Annual report of lunatic asylums [Bombay] - 1912-1922
Year: 1912
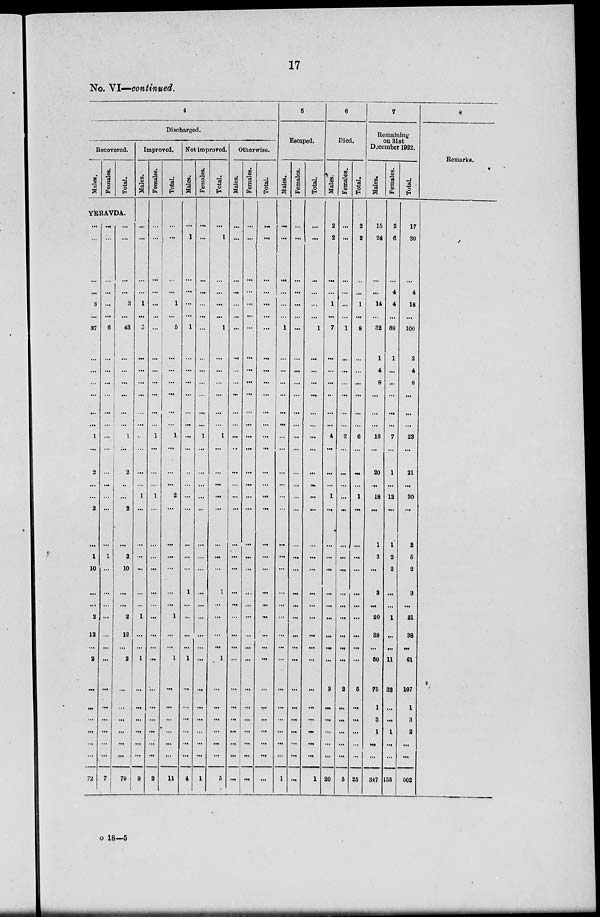
17
No. VI—continued.
4
Discharged.
Recovered.
Males.
Females.
Total.
YERAVDA.
...
...
...
...
3
...
37
...
...
...
...
...
...
1
...
2
...
...
2
...
1
10
...
...
2
12
...
2
...
...
...
...
...
...
72
...
...
...
...
...
...
6
...
...
...
...
...
...
...
...
...
...
...
...
...
1
...
...
...
...
...
...
...
...
...
...
...
...
...
7
...
...
...
...
3
...
43
...
...
...
...
...
...
1
...
2
...
...
2
...
2
10
...
...
2
12
...
2
...
...
...
...
...
...
79
Improved.
Males.
...
...
...
...
1
...
5
...
...
...
...
...
...
...
...
...
...
1
...
...
...
...
...
...
1
...
...
1
...
...
...
...
...
...
9
Females.
...
...
...
...
...
...
...
...
...
...
...
...
...
1
...
...
...
1
...
...
...
...
...
...
...
...
...
...
...
...
...
...
...
...
2
Total.
...
...
...
...
1
...
5
...
...
...
...
...
...
1
...
...
...
2
...
...
...
...
...
...
1
...
...
1
...
...
...
...
...
...
11
Not improved.
Males.
...
1
...
...
...
...
1
...
...
...
...
...
...
...
...
...
...
...
...
...
...
...
1
...
...
...
...
1
...
...
...
...
...
...
4
Females.
...
...
...
...
...
...
...
...
...
...
...
...
...
1
...
...
...
...
...
...
...
...
...
...
...
...
...
...
...
...
...
...
...
...
1
Total.
...
1
...
...
...
...
1
...
...
...
...
...
...
1
...
...
...
...
...
...
...
...
1
...
...
...
...
1
...
...
...
...
...
...
5
Otherwise.
Males.
...
...
...
...
...
...
...
...
...
...
...
...
...
...
...
...
...
...
...
...
...
...
...
...
...
...
...
...
...
...
...
...
...
...
...
Females.
...
...
...
...
...
...
...
...
...
...
...
...
...
...
...
...
...
...
...
...
...
...
...
...
...
...
...
...
...
...
...
...
...
...
...
Total.
...
...
...
...
...
...
...
...
...
...
...
...
...
...
...
...
...
...
...
...
...
...
...
...
...
...
...
...
...
...
...
...
...
...
...
5
Escaped.
Males.
...
...
...
...
...
...
1
...
...
...
...
...
...
...
...
...
...
...
...
...
...
...
...
...
...
...
...
...
...
...
...
...
...
...
1
Females.
...
...
...
...
...
...
...
...
...
...
...
...
...
...
...
...
...
...
...
...
...
...
...
...
...
...
...
...
...
...
...
...
...
...
...
Total.
...
...
...
...
...
...
1
...
...
...
...
...
...
...
...
...
...
...
...
...
...
...
...
...
...
...
...
...
...
...
...
...
...
...
1
6
Died.
Males.
2
2
...
...
1
...
7
...
...
...
...
...
...
4
...
...
...
1
...
...
...
...
...
...
...
...
...
...
3
...
...
...
...
...
20
Females.
...
...
...
...
...
...
1
...
...
...
...
...
...
2
...
...
...
...
...
...
...
...
...
...
...
...
...
...
2
...
...
...
...
...
5
Total.
2
2
...
...
1
...
8
...
...
...
...
...
...
6
...
...
...
1
...
...
...
...
...
...
...
...
...
...
5
...
...
...
...
...
25
7
Remaining
on 31st
December 1922.
Males.
15
24
...
...
14
...
32
1
4
8
...
...
...
16
...
20
...
18
...
1
3
...
3
...
20
38
...
50
75
1
3
1
...
...
347
Females.
2
6
...
4
4
...
68
1
...
...
...
...
...
7
...
1
...
12
...
1
2
2
...
...
1
...
...
11
32
...
...
1
...
...
155
Total.
17
30
...
4
18
...
100
2
4
8
...
...
...
23
...
21
...
30
...
2
5
2
3
...
21
38
...
61
107
1
3
2
...
...
502
8
Remarks.
o 18—5